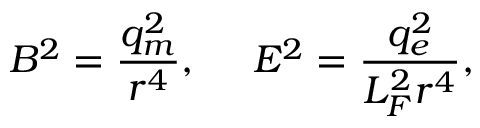
B ^ { 2 } = \frac { q _ { m } ^ { 2 } } { r ^ { 4 } } , ~ ~ ~ ~ E ^ { 2 } = \frac { q _ { e } ^ { 2 } } { { \cal L } _ { \cal F } ^ { 2 } r ^ { 4 } } ,